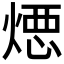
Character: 𱫣